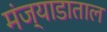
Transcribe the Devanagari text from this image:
मंज्याडाताल